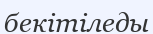
бекітіледы